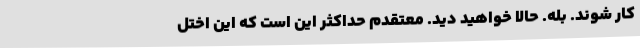
کار شوند. بله. حالا خواهید دید. معتقدم حداکثر این است که این اختل